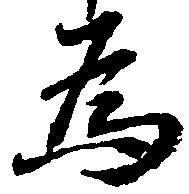
為